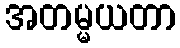
အတမ္မယတာ